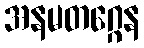
အနမတဂ္ဂေန